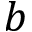
b